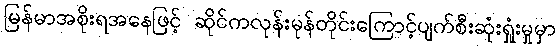
မြန်မာအစိုးရအနေဖြင့် ဆိုင်ကလုန်းမုန်တိုင်းကြောင့်ပျက်စီးဆုံးရှုံးမှုမှာ